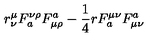
r _ { \nu } ^ { \mu } F _ { a } ^ { \nu \rho } F _ { \mu \rho } ^ { a } - { \frac { 1 } { 4 } } r F _ { a } ^ { \mu \nu } F _ { \mu \nu } ^ { a }